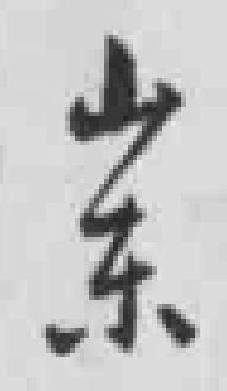
山东